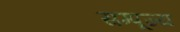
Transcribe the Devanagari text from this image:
सम्पूज्य